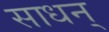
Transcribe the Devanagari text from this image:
साधन्